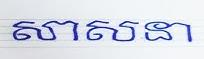
សាសនា